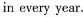
in every year.